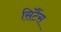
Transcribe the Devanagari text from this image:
सिंटैंस